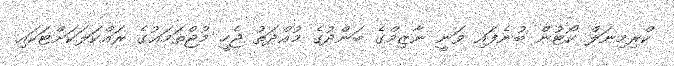
ކްރިމިނަލް ކޯޓުން ބުނެފައި ވަނީ ނާޒިމްގެ ބަންދުގެ މުއްދަތު ޖެހީ މުޖްތަމަޢުގެ ރައްކަލަކަށްޓަކައި